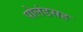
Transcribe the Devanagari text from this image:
पोलंडसह